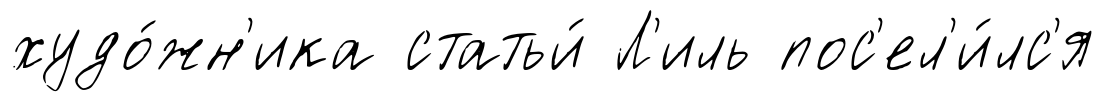
худо́жн'ика статьи́ Л'иль пос'ел'и́лс'я